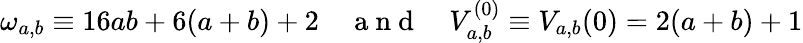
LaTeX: \omega_{a,b}\equiv 16ab+6(a+b)+2\quad\mathrm{~a~n~d~}\quad V_{a,b}^{(0)}\equiv V_{a,b}(0)=2(a+b)+1